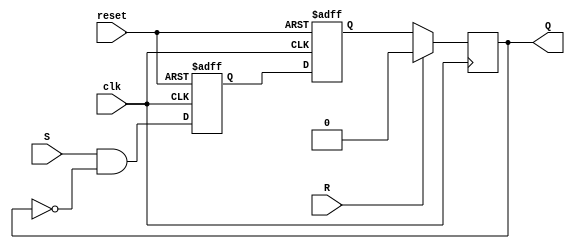
module SR_FF(
    input wire S, R, clk, reset,
    output reg Q
);

reg master_latch, slave_latch;

always @(posedge clk or posedge reset) begin
    if (reset) begin
        master_latch <= 1'b0;
        slave_latch <= 1'b0;
    end else begin
        master_latch <= S & ~Q;
        slave_latch <= master_latch;
    end
end

always @(posedge clk) begin
    if (R) begin
        Q <= 1'b0;
    end else begin
        Q <= slave_latch;
    end
end

endmodule